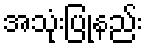
အသုံးပြုနည်း